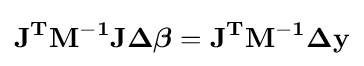
\mathbf {J^{T}M^{-1}J\Delta {\boldsymbol {\beta }}=J^{T}M^{-1}\Delta y}